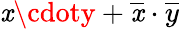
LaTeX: \mathit{x}\cdoty+{\overline{{{\mathit{x}}}}}\cdot{\overline{{{y}}}}